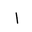
Letter: _alif